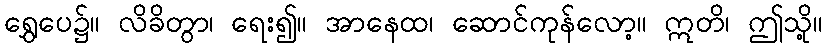
ရွှေပေ၌။ လိခိတွာ၊ ရေး၍။ အာနေထ၊ ဆောင်ကုန်လော့။ ဣတိ၊ ဤသို့။